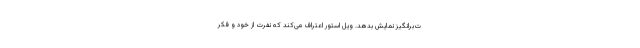
ت‌برانگیز نمایش بدهد. ویل استور اعتراف می‌کند که نفرت از خود و فکر